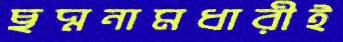
ছদ্মনামধারীই